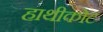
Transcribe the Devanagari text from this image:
हाथीकोट